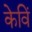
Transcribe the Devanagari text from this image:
केविं